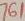
Text: 761